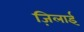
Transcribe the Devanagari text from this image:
ज़िलाई